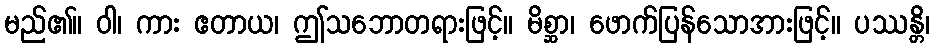
မည်၏။ ဝါ၊ ကား ဧတာယ၊ ဤသဘောတရားဖြင့်။ မိစ္ဆာ၊ ဖောက်ပြန်သောအားဖြင့်။ ပဿန္တိ၊